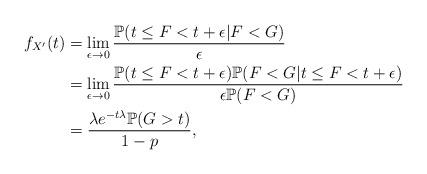
LaTeX: \begin{align*} f_{X'}(t) &= \lim_{\epsilon\to0}\frac{\mathbb{P}(t\leq F<t+\epsilon|F<G)}{\epsilon}\\ &= \lim_{\epsilon\to0}\frac{\mathbb{P}(t\leq F<t+\epsilon)\mathbb{P}(F<G|t\leq F<t+\epsilon)}{\epsilon\mathbb{P}(F<G)}\\ &= \frac{\lambda e^{-t\lambda}\mathbb{P}(G>t)}{1-p}, \end{align*}